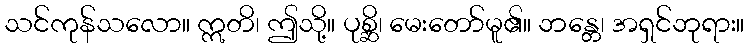
သင်ကုန်သလော။ ဣတိ၊ ဤသို့။ ပုစ္ဆိ၊ မေးတော်မူ၏။ ဘန္တေ၊ အရှင်ဘုရား။